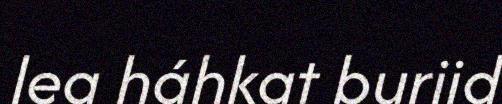
lea háhkat buriid